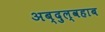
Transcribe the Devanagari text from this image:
अब्दुल्वहाब